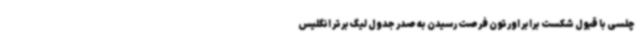
چلسی با قبول شکست برابر اورتون فرصت رسیدن به صدر جدول لیگ برتر انگلیس